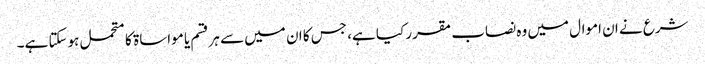
شرع نے ان اموال میں وہ نصاب مقرر کیا ہے، جس کا ان میں سے ہرقسم یا مواساۃ کا متحمل ہوسکتا ہے۔